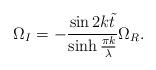
LaTeX: \begin{align*}\Omega_I =-\frac{\sin 2k\tilde{t}}{\sinh\frac{\pi k}{\lambda}} \Omega_R. \end{align*}